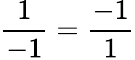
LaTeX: \frac{1}{-1}=\frac{-1}{1}